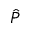
\hat { P }